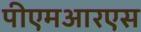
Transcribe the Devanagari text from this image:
पीएमआरएस